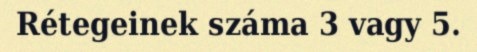
Rétegeinek száma 3 vagy 5.